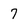
Character: 7